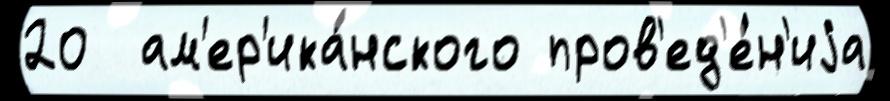
20  ам'ер'ика́нского пров'ед'е́н'иjа